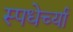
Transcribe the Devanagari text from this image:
स्पधेर्च्या